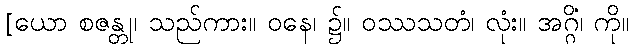
[ယော စဇန္တု၊ သည်ကား။ ဝနေ၊ ၌။ ဝဿသတံ၊ လုံး။ အဂ္ဂိံ၊ ကို။